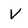
Character: V